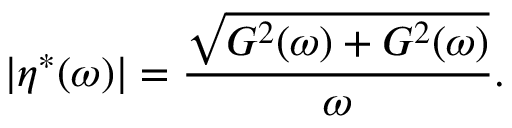
| \eta ^ { * } ( \omega ) | = \frac { \sqrt { G ^ { 2 } ( \omega ) + G ^ { 2 } ( \omega ) } } { \omega } .